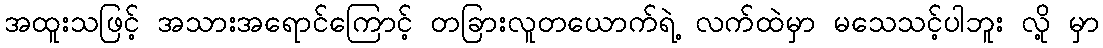
အထူးသဖြင့် အသားအရောင်ကြောင့် တခြားလူတယောက်ရဲ့ လက်ထဲမှာ မသေသင့်ပါဘူး လို့ မှာ